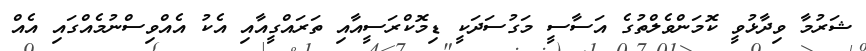
ޝަރުމާ ވިދާޅުވީ ކޮމަންވެލްތުގެ އަސާސީ މަގުސަދަކީ ޑިމޮކްރަސީއާއި ތަރައްގީއާއި އެކު އެއްވިސްނުމެއްގައި އެއް